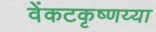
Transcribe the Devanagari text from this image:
वेंकटकृष्णय्या